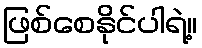
ဖြစ်စေနိုင်ပါရဲ့။